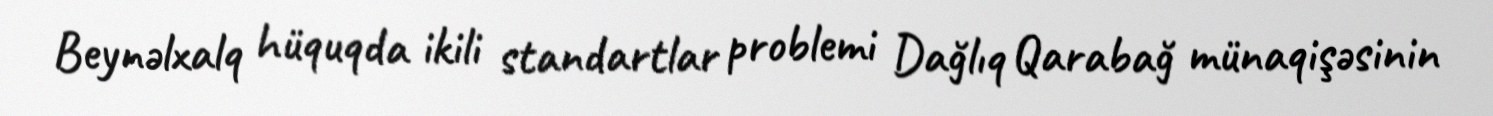
Beynəlxalq hüquqda ikili standartlar problemi Dağlıq Qarabağ münaqişəsinin